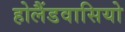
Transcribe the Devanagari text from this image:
होलैंडवासियो